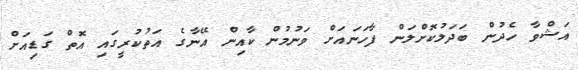
އަޝްވާ ހެދުން ބަދަލުކޮށްލަން ފާހަނައަށް ވަނުމުން ކާއިން އޭނާގެ އަތުކުރީގައި އޮތް ގަޑިއަށް